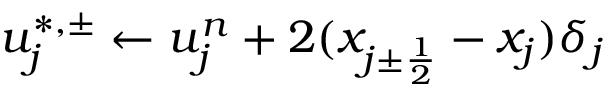
u _ { j } ^ { \ast , \pm } \gets u _ { j } ^ { n } + 2 ( x _ { { j \pm \frac { 1 } { 2 } } } - x _ { j } ) \delta _ { j }